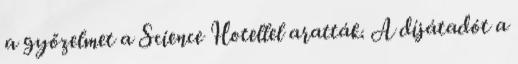
a győzelmet a Science Hotellel aratták. A díjátadót a